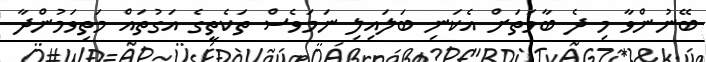
ބޭނުންވާ މި ދެ ބާވަތަށް އެކަނި ބަލައިލި ނަމަވެސް ތަކެތީގެ އަގުތައް މަތިވަމުންދާ